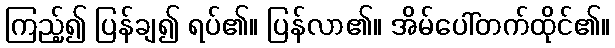
ကြည့်၍ ပြန်ချ၍ ရပ်၏။ ပြန်လာ၏။ အိမ်ပေါ်တက်ထိုင်၏။